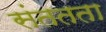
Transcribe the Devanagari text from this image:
संततता